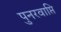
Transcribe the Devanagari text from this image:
पुनरवाप्ति